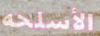
الأسلحه